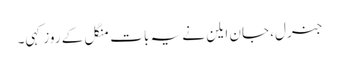
جنرل، جان ایلن نے یہ بات منگل کے روز کہی۔